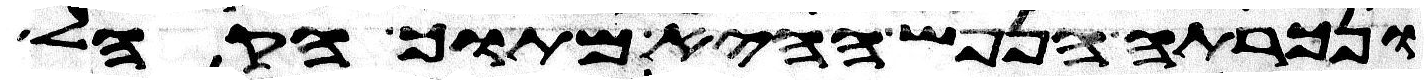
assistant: ונכרתה הנפש ההיא מתוך הקהל